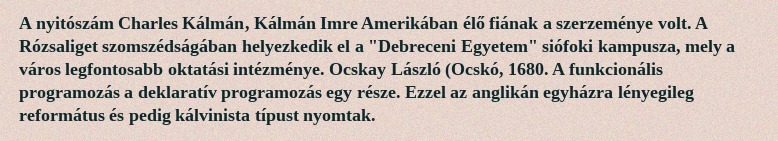
A nyitószám Charles Kálmán, Kálmán Imre Amerikában élő fiának a szerzeménye volt. A Rózsaliget szomszédságában helyezkedik el a "Debreceni Egyetem" siófoki kampusza, mely a város legfontosabb oktatási intézménye. Ocskay László (Ocskó, 1680. A funkcionális programozás a deklaratív programozás egy része. Ezzel az anglikán egyházra lényegileg református és pedig kálvinista típust nyomtak.